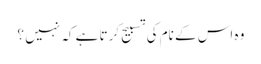
وہ اس کے نام کی تسبیح کرتا ہے کہ نہیں ؟